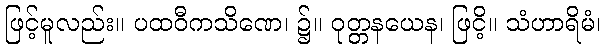
ဖြင့်မူလည်း။ ပထဝီကသိဏေ၊ ၌။ ဝုတ္တနယေန၊ ဖြငိ့။ သံဟာရိမံ၊